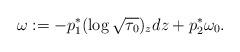
LaTeX: \begin{align*}\omega:=-p_1^*(\log\sqrt{\tau_0})_zdz+p_2^*\omega_0.\end{align*}